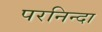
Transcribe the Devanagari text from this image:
परनिन्दा